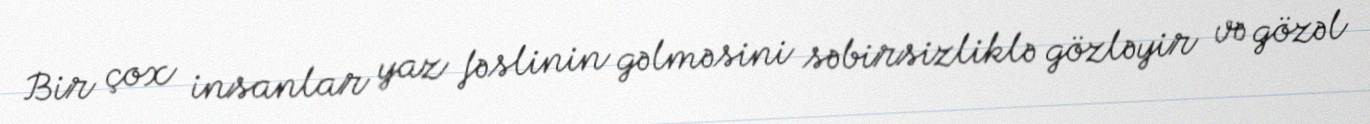
Bir çox insanlar yaz fəslinin gəlməsini səbirsizliklə gözləyir və gözəl